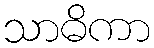
သာဓိကာ